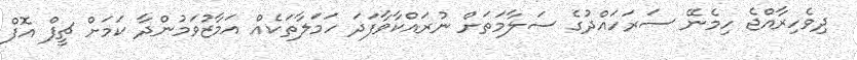
ދިވެހިރާއްޖެ ހިމެނޭ ސަރަހައްދުގެ ސަލާމަތަށް ނުރައްކާވާފަދަ ހަމަލާތަކެއް އަމާޒުވަމުންދާ ކަމަށް ޗީފް އޮފް